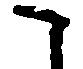
こ